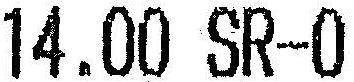
14.00 SR-0